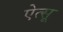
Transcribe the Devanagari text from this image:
ऐत्सू